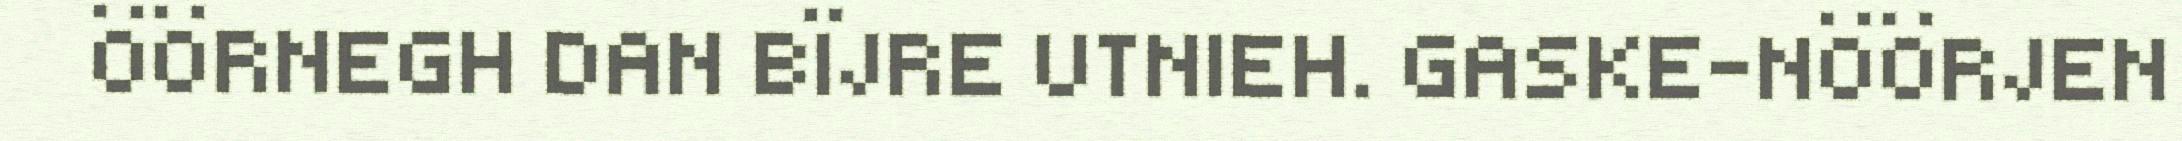
ÖÖRNEGH DAN BÏJRE UTNIEH. GASKE-NÖÖRJEN